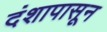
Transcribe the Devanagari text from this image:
दंशापासून